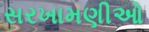
સરખામણીઓ